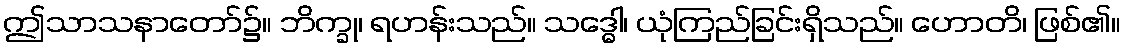
ဤသာသနာတော်၌။ ဘိက္ခု၊ ရဟန်းသည်။ သဒ္ဓေါ၊ ယုံကြည်ခြင်းရှိသည်။ ဟောတိ၊ ဖြစ်၏။